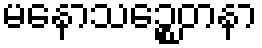
မနောသဉ္စေတနာ